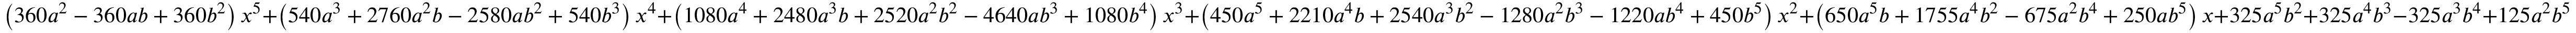
\left( 3 6 0 a ^ { 2 } - 3 6 0 a b + 3 6 0 b ^ { 2 } \right) x ^ { 5 } + \left( 5 4 0 a ^ { 3 } + 2 7 6 0 a ^ { 2 } b - 2 5 8 0 a b ^ { 2 } + 5 4 0 b ^ { 3 } \right) x ^ { 4 } + \left( 1 0 8 0 a ^ { 4 } + 2 4 8 0 a ^ { 3 } b + 2 5 2 0 a ^ { 2 } b ^ { 2 } - 4 6 4 0 a b ^ { 3 } + 1 0 8 0 b ^ { 4 } \right) x ^ { 3 } + \left( 4 5 0 a ^ { 5 } + 2 2 1 0 a ^ { 4 } b + 2 5 4 0 a ^ { 3 } b ^ { 2 } - 1 2 8 0 a ^ { 2 } b ^ { 3 } - 1 2 2 0 a b ^ { 4 } + 4 5 0 b ^ { 5 } \right) x ^ { 2 } + \left( 6 5 0 a ^ { 5 } b + 1 7 5 5 a ^ { 4 } b ^ { 2 } - 6 7 5 a ^ { 2 } b ^ { 4 } + 2 5 0 a b ^ { 5 } \right) x + 3 2 5 a ^ { 5 } b ^ { 2 } + 3 2 5 a ^ { 4 } b ^ { 3 } - 3 2 5 a ^ { 3 } b ^ { 4 } + 1 2 5 a ^ { 2 } b ^ { 5 }